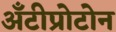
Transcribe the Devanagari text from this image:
अँटीप्रोटोन